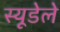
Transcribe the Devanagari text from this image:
स्यूडेले